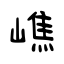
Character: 嶕